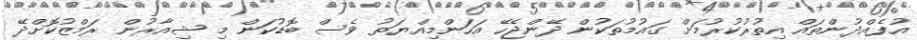
އުފެއްދުންތައް އިތުރުކުރުމަށް ގައުމުތަކުން ދޭންޖެހޭ އަހަންމިއްޔަތު ވެސް ބޮޑުކަން މި ޝިއާރުން ރަމްޒުކޮށްދޭ